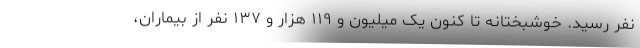
نفر رسید. خوشبختانه تا کنون یک میلیون و ۱۱۹ هزار و ۱۳۷ نفر از بیماران،